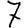
Digit: 7